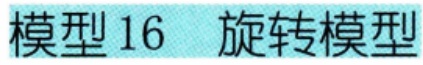
模型 16  旋转模型